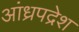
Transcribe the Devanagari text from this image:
आंध्रपद्रेश